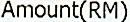
AMOUNT(RM)